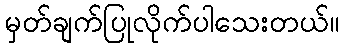
မှတ်ချက်ပြုလိုက်ပါသေးတယ်။